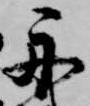
舟